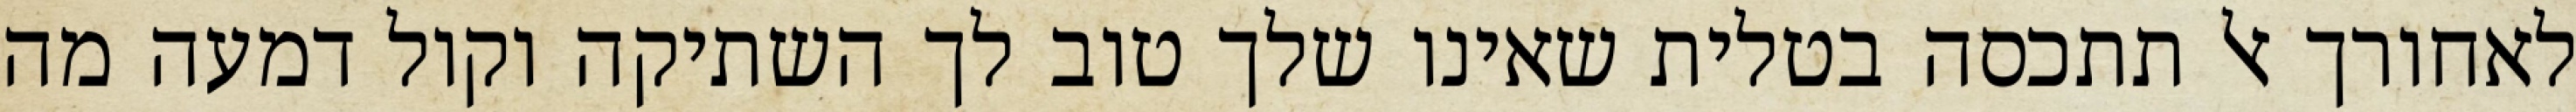
לאחורך אל תתכסה בטלית שאינו שלך טוב לך השתיקה וקול דמעה מה